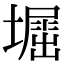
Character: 𡒈